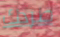
طردك